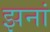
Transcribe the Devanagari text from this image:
झनां